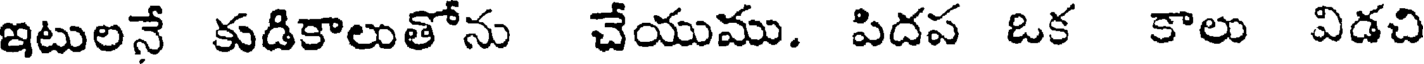
ఇటులనే కుడికాలుతోను చేయుము. పిదప ఒక కాలు విడచి